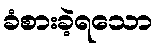
ခံစားခဲ့ရသော